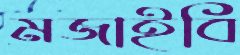
মজাইবি